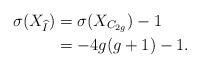
LaTeX: \begin{align*}\sigma(X_{\widehat{I}}) &= \sigma(X_{C_{2g}})-1 \\ &=-4g(g+1)-1. \end{align*}